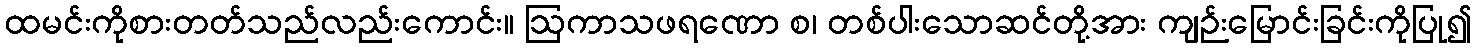
ထမင်းကိုစားတတ်သည်လည်းကောင်း။ ဩကာသဖရဏော စ၊ တစ်ပါးသောဆင်တို့အား ကျဉ်းမြောင်းခြင်းကိုပြု၍